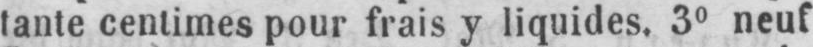
tante centimes pour frais y liquides. 3° neuf